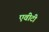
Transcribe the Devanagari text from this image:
एवीटी